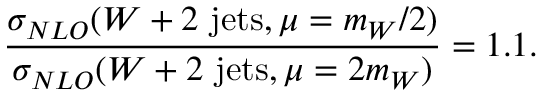
\frac { \sigma _ { N L O } ( W + 2 ~ \mathrm { j e t s } , \mu = m _ { W } / 2 ) } { \sigma _ { N L O } ( W + 2 ~ \mathrm { j e t s } , \mu = 2 m _ { W } ) } = 1 . 1 .